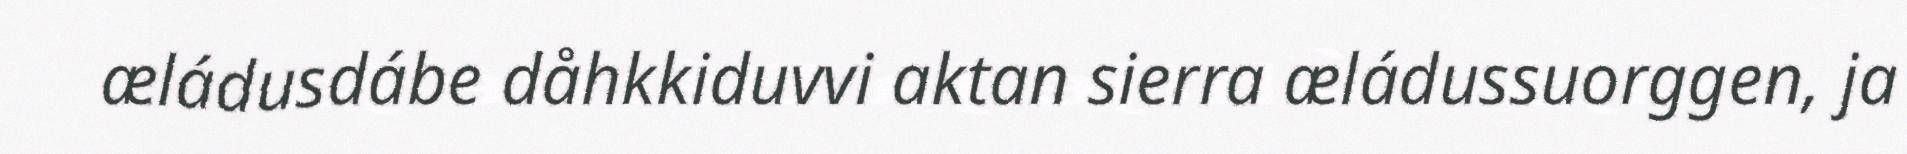
æládusdábe dåhkkiduvvi aktan sierra æládussuorggen, ja